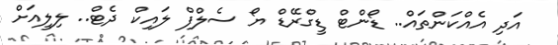
އަދި އެއްކަންތައް.. ޑޯންޓް ޑީގްރޭޑް ޔޯ ސެލްފް ލައިކް ދެޓް.. ލިލީއަށް